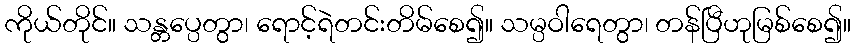
ကိုယ်တိုင်။ သန္တပ္ပေတွာ၊ ရောင့်ရဲတင်းတိမ်စေ၍။ သမ္ပဝါရေတွာ၊ တန်ပြီဟုမြစ်စေ၍။